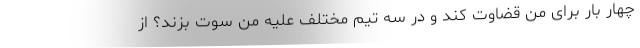
چهار بار برای من قضاوت کند و در سه تیم مختلف علیه من سوت بزند؟ از